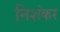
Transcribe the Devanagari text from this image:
निशंकर